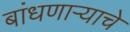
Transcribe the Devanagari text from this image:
बांधणार्‍याचे